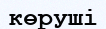
көруші